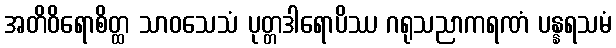
အတိဝိရောစိတ္ထ သာဝသေသံ ပုတ္တဒါရောပိဿ ဂရုသညာကရဏံ ပန္နရသမံ